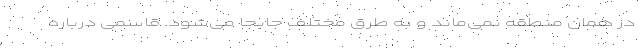
در همان منطقه نمی‌ماند و به طرق مختلف جابجا می‌شود. قاسمی درباره